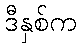
ဒီနှစ်က